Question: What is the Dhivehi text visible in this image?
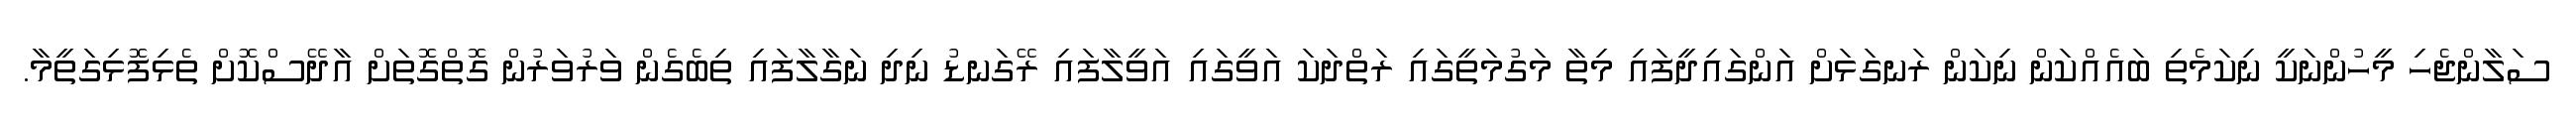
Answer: ސަލާންޖެހި މީހުންނަކީ ނިކަމެތި ބައެއްކަން ނިކަން ރަނގަޅަށް އަންގައިދީފައި މިތާ މަގުމަތީގައި ރަތްދަކަ އަވީގައި އަވީލާފައި ރޭގަނޑު ނިދި ނަގާލާފައި ތިބެގެން ވަރުވަރުން ގޮތްގޮތަށް އާދޭސްކޮށް ތެޅިފޮޅިގަތީމާ.